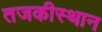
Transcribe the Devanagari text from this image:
तजकीस्थान